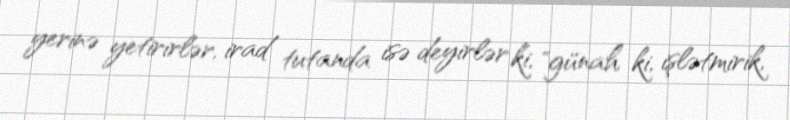
yerinə yetirirlər, irad tutanda isə deyirlər ki, "günah ki, işlətmirik,